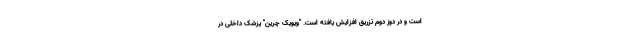
است و در دوز دوم تزریق افزایش یافته است. "ویویک چرین" پزشک داخلی در